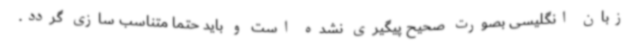
زبان انگلیسی بصورت صحیح پیگیری نشده است و باید حتما متناسب سازی گردد.